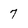
Character: 7